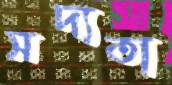
সদ্যতা